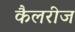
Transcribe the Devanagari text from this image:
कैलरीज